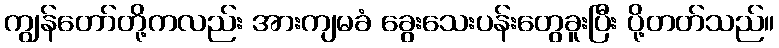
ကျွန်တော်တို့ကလည်း အားကျမခံ ခွေးသေးပန်းတွေခူးပြီး ပို့တတ်သည်။